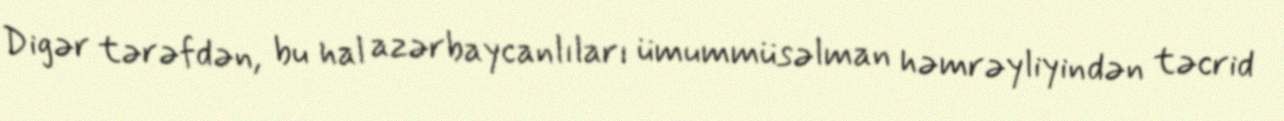
Digər tərəfdən, bu hal azərbaycanlıları ümummüsəlman həmrəyliyindən təcrid